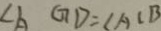
\angle A G D = \angle A C B